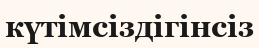
күтімсіздігінсіз